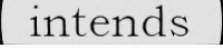
intends